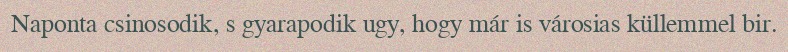
Naponta csinosodik, s gyarapodik ugy, hogy már is városias küllemmel bir.